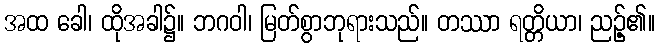
အထ ခေါ၊ ထိုအခါ၌။ ဘဂဝါ၊ မြတ်စွာဘုရားသည်။ တဿာ ရတ္တိယာ၊ ညဉ့်၏။